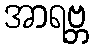
အာရဗ္ဘ